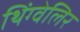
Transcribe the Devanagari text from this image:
थिंग्वेलिर